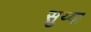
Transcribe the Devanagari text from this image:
सुय्या